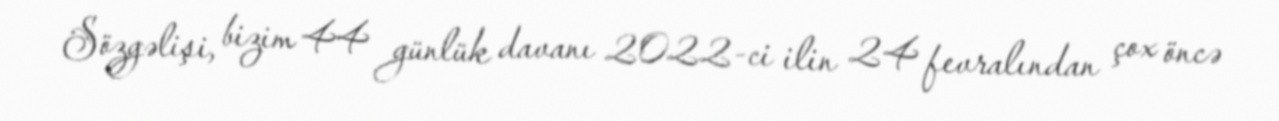
Sözgəlişi, bizim 44 günlük davanı 2022-ci ilin 24 fevralından çox öncə